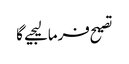
تصیح فرمالیجیے گا